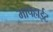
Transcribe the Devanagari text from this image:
मापहाईट